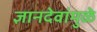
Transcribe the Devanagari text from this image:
ज्ञानदेवांमुळे